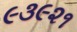
૯૩૯૨૧